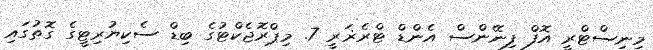
މިނިސްޓްރީ އޮފް ފިނޭންސް އެންޑް ޓްރެޜަރީ 7. މިޕްރޮޖެކްޓުގެ ބިޑް ސެކިޔުރިޓީގެ ގޮތުގައި